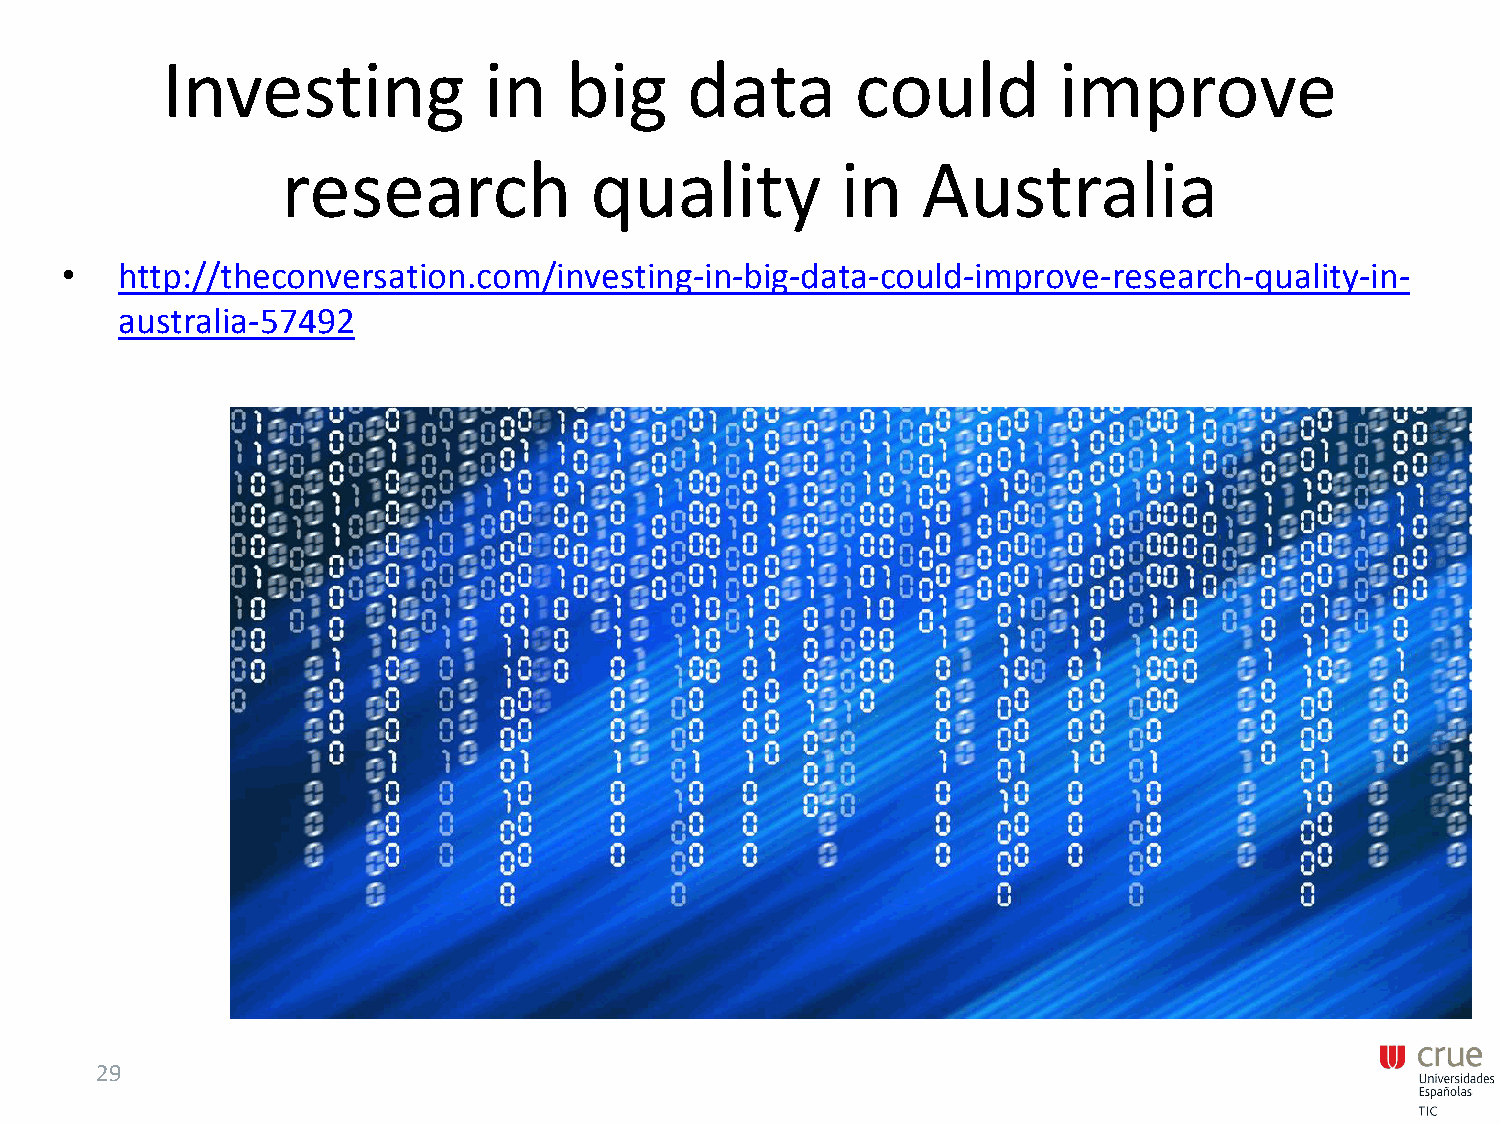
Investing            in   big     data        could        improve
 research            quality          in   Australia
 •   http://theconversation.com/investing-in-big-data-could-improve-research-quality-in-
 australia-57492
 29